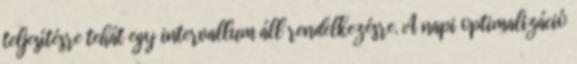
teljesítésre tehát egy intervallum áll rendelkezésre. A napi optimalizáció